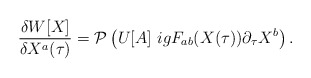
\begin{align*}\frac{\delta W[X]}{\delta X^a (\tau)} = {\cal P} \left( U[A] ~igF_{ab}(X(\tau)) \partial_{\tau}X^b \right).\end{align*}